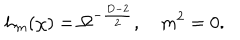
h _ { m } ( \chi ) = \Omega ^ { - \frac { D - 2 } { 2 } } , \hspace { 1 e m } m ^ { 2 } = 0 .